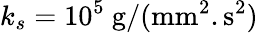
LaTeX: k_{s}=10^{5}~\mathrm{g}/(\mathrm{mm}^{2}.\mathrm{s}^{2})